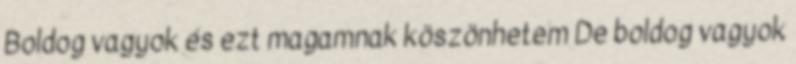
Boldog vagyok és ezt magamnak köszönhetem De boldog vagyok